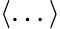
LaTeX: \left<...\right>